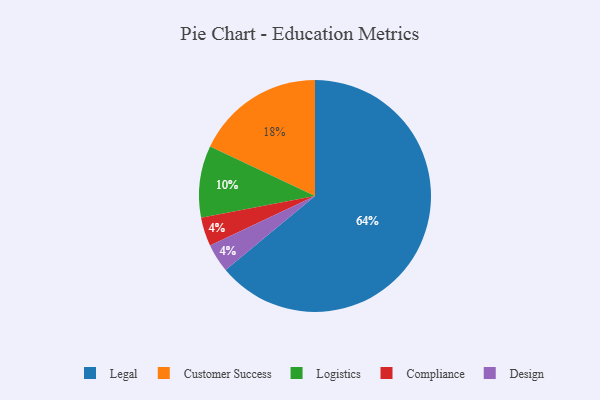
{"axis": {"x": "Category", "y": "Percentage"}, "legend": ["Compliance", "Customer Success", "Design", "Legal", "Logistics"], "data": [{"x": "Customer Success", "y": 18, "type": "Customer Success"}, {"x": "Compliance", "y": 4, "type": "Compliance"}, {"x": "Legal", "y": 64, "type": "Legal"}, {"x": "Logistics", "y": 10, "type": "Logistics"}, {"x": "Design", "y": 4, "type": "Design"}]}